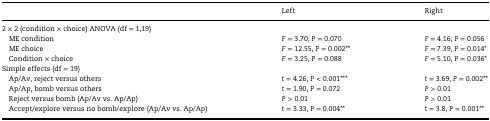
<table><thead><tr><td></td><td><b>Left</b></td><td><b>Right</b></td></tr></thead><tbody><tr><td colspan="3">2 × 2 (condition × choice) ANOVA (df = 1,19)</td></tr><tr><td> ME condition</td><td><i>F</i> = 3.70, <i>P </i>= 0.070</td><td><i>F</i> = 4.16, <i>P </i>= 0.056</td></tr><tr><td> ME choice</td><td><i>F</i> = 12.55, <i>P </i>= 0.002**</td><td><i>F</i> = 7.39, <i>P </i>= 0.014*</td></tr><tr><td> Condition × choice</td><td><i>F</i> = 3.25, <i>P </i>= 0.088</td><td><i>F</i> = 5.10, <i>P </i>= 0.036*</td></tr><tr><td colspan="3">Simple effects (df = 19)</td></tr><tr><td> Ap/Av, reject versus others</td><td><i>t</i> = 4.26, <i>P </i>&lt; 0.001***</td><td><i>t</i> = 3.69, <i>P </i>= 0.002**</td></tr><tr><td> Ap/Ap, bomb versus others</td><td><i>t</i> = 1.90, <i>P </i>= 0.072</td><td><i>P </i>&gt; 0.01</td></tr><tr><td> Reject versus bomb (Ap/Av vs. Ap/Ap)</td><td><i>P </i>&gt; 0.01</td><td><i>P </i>&gt; 0.01</td></tr><tr><td> Accept/explore versus no bomb/explore (Ap/Av vs. Ap/Ap)</td><td><i>t</i> = 3.33, <i>P </i>= 0.004**</td><td><i>t</i> = 3.8, <i>P </i>= 0.001**</td></tr></tbody></table>